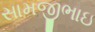
સામજીભાઇ